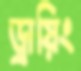
ড্রায়িং